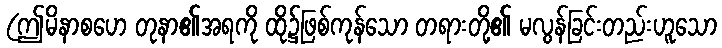
(ဤမိနာစဟေ တုနာ၏အရကို ထို၌ဖြစ်ကုန်သော တရားတို့၏ မလွန်ခြင်းတည်းဟူသော